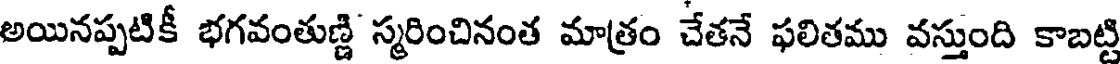
అయినప్పటికీ భగవంతుణ్ణి స్మరించినంత మాత్రం చేతనే ఫలితము వస్తుంది కాబట్టి